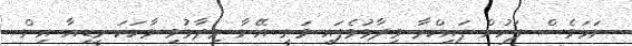
ނަމަވެސް ފަހުން ޕައިކްރާ ވިދާޅުވެފައި ވަނީ އޭނާ ވިދާޅުވި ވާހަކަ މީޑިއާ އިން